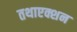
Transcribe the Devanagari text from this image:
तथाएक्शन